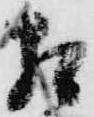
相